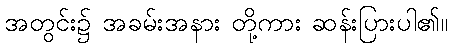
အတွင်း၌ အခမ်းအနား တို့ကား ဆန်းပြားပါ၏။